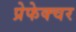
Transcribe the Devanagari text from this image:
प्रेफेक्चर